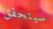
سيتحقق